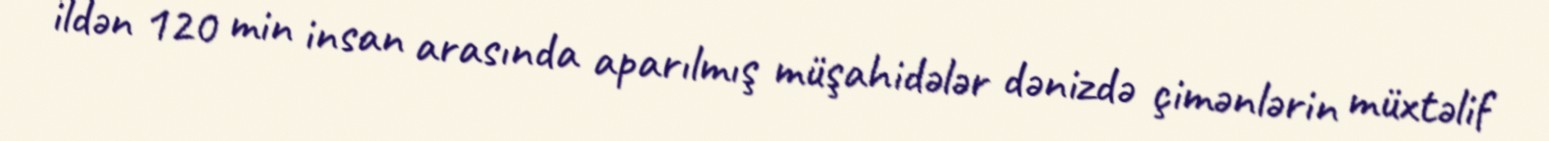
ildən 120 min insan arasında aparılmış müşahidələr dənizdə çimənlərin müxtəlif